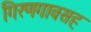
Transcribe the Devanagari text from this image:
गिरणगावसह